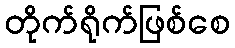
တိုက်ရိုက်ဖြစ်စေ